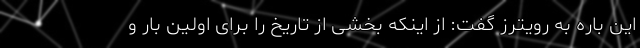
این باره به رویترز گفت: از اینکه بخشی از تاریخ را برای اولین بار و